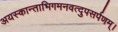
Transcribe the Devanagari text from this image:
अयस्कान्ताभिगमनवत्दुपसर्पणम्।